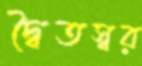
দ্বৈতস্বর